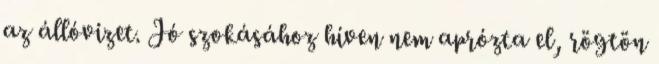
az állóvizet. Jó szokásához híven nem aprózta el, rögtön